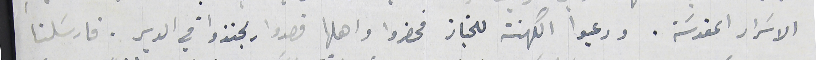
الاسَرار المقدسَة. ودعيوا الكهنة للجناز فحضروا واهلها قصدوا يجنزوا في الدير. فارسَلنا